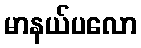
မာနယ်ပလော